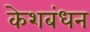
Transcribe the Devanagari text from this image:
केशबंधन